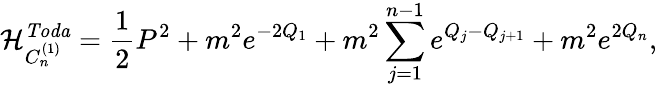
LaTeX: \mathcal{H}_{C_{n}^{(1)}}^{\mathit{Toda}}={\frac{1}{2}}P^{2}+m^{2}e^{-2Q_{1}}+m^{2}\sum_{j=1}^{n-1}e^{Q_{j}-Q_{j+1}}+m^{2}e^{2Q_{n}},